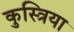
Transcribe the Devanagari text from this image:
कुस्त्रिया